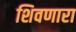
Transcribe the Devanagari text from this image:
शिवणारा